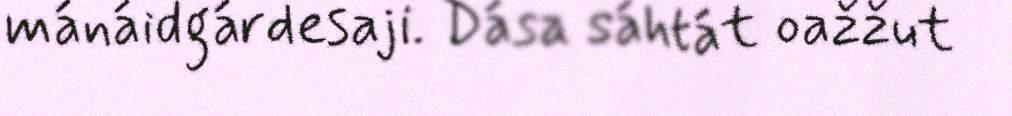
mánáidgárdesaji. Dása sáhtát oažžut